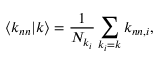
\left\langle k _ { n n } | k \right\rangle = \frac { 1 } { N _ { k _ { i } } } \sum _ { k _ { i } = k } k _ { n n , i } ,